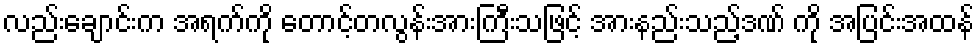
လည်းချောင်းက အရက်ကို တောင့်တလွန်းအားကြီးသဖြင့် အားနည်းသည့်ဒဏ် ကို အပြင်းအထန်